King Institute of Preventive Medicine Bacteriolog. Section reports 1907-08
Year: 1907
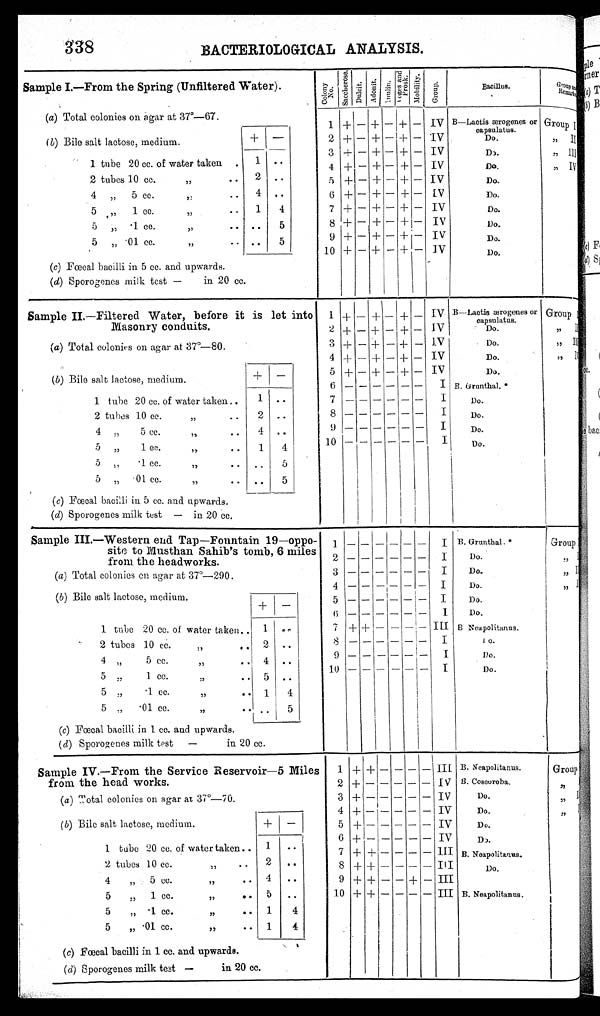
338
BACTERIOLOGICAL ANALYSIS.
Sample I.—From the Spring (Unfiltered Water).
C o l o n y
N o . S a c c h e r o s e . D u l c i t .
A d o n i t . Inulin.
V o g e s a n d
P r o s k .
M o b i l i t y .
G r o u p .
Bacillus.
Group a
n d
Remarks
(a) Total colonies on agar at 37°—67.
1 + — + —
+
— IV B—Lactis ærogenes or
capsulatus.
Group I
( b) Bile salt lactose, medium.
+
—
2 + — +
—
+ — IV
,, II
Do.
3 + — + — + — IV
Do.
,, III
1 tube 20 cc. of water taken
1
. .
4 + — + — + — IV
Do.
, , I V
2 tubes 10 cc.
,,
. . 2
. .
5 + — + — + — IV
Do.
4 „ 5 cc.
,, . . 4 ..
6 + — + — + — IV
Do.
1
4
7 +
—
+
—
+
—
IV
Do.
5
, , 1
c c .
, ,
..,„
..
5
8 + — + — +
—
IV
Do.
5 „
· 1
c c .
, ,
. .
. .
5
9 + — + — + — IV
Do.
5 „
· 0 1
c c .
, ,
. .
10 + — + — + — IV
Do.
(c) Fœcal bacilli in 5 cc. and upwards.
(d) Sporogenes milk test — in 20 cc.
Sample II—Filtered Water, before it is let into
Masonry conduits.
1 ++ — + — + — IV B—Lactis ærogenes or
capsulatus.
Group I
2 + — + — + — IV
,, II
Do.
(a) Total colonies on agar at 37°—80.
3 + — + — + — IV
Do.
,,, III
4 + — + — + — IV
Do.
, ,
I V
+ —
5 + — + — + — IV
Do.
(b) Bile salt lactose, medium.
6
— — — — — —
I B. Grunthal. *
1 tube 20 cc. of water taken
1
. .
7
— — — — — —
I
Do.
2
. .
8 — —
— —
— —
I
Do.
2 tubes 10 cc. ,,
4 ..
9 — — — —
—
—
I
Do.
4 „
5 cc.
, ,
10 — —
— — — —
I
Do.
1
4
5 ,,
1 cc.
,,
5,,,,
· 1 c c .
, ,
. .
5
5 „
· 0 1 c c .
, , . .
5
(c) Fœcal bacilli in 5 cc. and upwards.
(d) Sporogenes milk test — in 20 cc,
Sample III.—Western end Tap—Fountain 19—oppo-
site to Musthan Sahib's tomb, 6 miles
from the headworks.
1 —
— — — —
– I B. Grunthal.*
GroupI
2 —
— – – —
— I
Do.
, , I I
(a) Total colonies en agar at 37°—290.
3 —— — — — —
— I
Do.
,, III
4 —
— — — —
— I
Do.
, , I V
(b) Bile salt lactose, medium.
+ —
5 —
— — —
—
— I
Do.
6
—
— — —
—
—
I
Do.
1 tube 20 cc. of water taken.. 1
. .
7 + +
—
— — — III B Neapolitanus.
8 —
— — —
— —
I
2 tubes 10 cc.:,, .. 2
. .
D o
9 —
— — –
– –
I
Do.
4 „
5 cc.
,,
4
. .
10 — — — — — — I
Do.
5
, ,
I .
c c .
, ,
. . 5 ..
5 ,,
•1 cc.
, ,
1 4
5 „
· 0 1
c c . , ,
..
5
(c) Fœcal bacilli in 1. cc. and upwards.
(d) Sporogenes milk test — in 20 cc.
Sample IV.—From the Service Reservoir—5 Miles
from the head works.
1 + + — — — —
I I I B. Neapolitanus.
Group
2
+ — — — — — I V B. Coscoroba.
, ,
I
(a) Total colonies on agar at 37°—70.
3
+ — — — — — IV
Do.
, ,
4 +
— — — — — IV
Do
, ,
(b) Bile salt lactose, medium.
+ —
5 +
— — — — —
I V
Do.
6
+ —
— — — — IV
Do.
1
1 t u b e
2 0 c c . o f w a t e r t a k e n . .
..
7
+ + —
— — —
I I I B. Neapolitanus.
2 tubes 10 cc.
, ,
. .
2 ..
8 + + — — — — III
Do.
4
„ 5 cc.
, ,
. . 4
..
9 + + — — + — III
5
„ 1 cc.
, ,
. . 5
. .
10 + + — — — — III B. Neapolitanus.
5
„
· 1
c c .
, ,
. . 1
4
5
„ .01 cc.
,,
.. 1
4
(c) Fœcal bacilli in 1 cc. and upwards.
(d) Sporogenes milk test — in 20 cc.